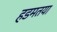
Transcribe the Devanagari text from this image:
हडमतया